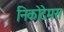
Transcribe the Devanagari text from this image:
निकोदेमस